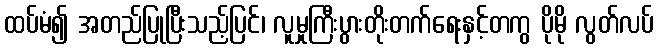
ထပ်မံ၍ အတည်ပြုပြီးသည့်ပြင်၊ လူမှုကြီးပွားတိုးတက်ရေးနှင့်တကွ ပိုမို လွတ်လပ်